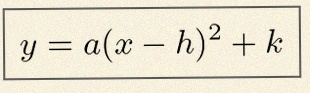
y=a(x-h)^2+k